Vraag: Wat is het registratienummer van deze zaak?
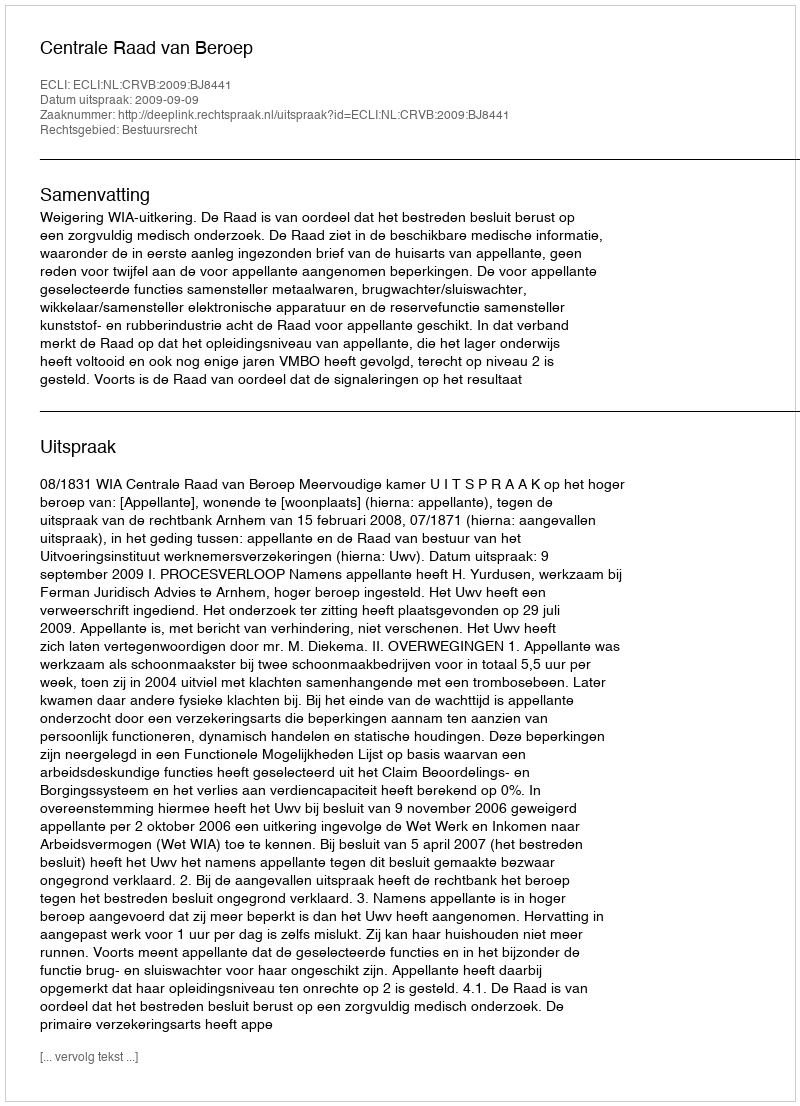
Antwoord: http://deeplink.rechtspraak.nl/uitspraak?id=ECLI:NL:CRVB:2009:BJ8441